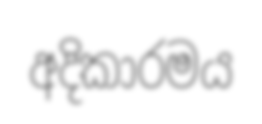
අදිකාරමය